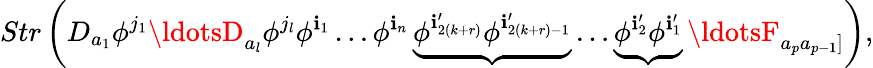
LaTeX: Str\left(D_{a_{1}}\phi^{j_{1}}\ldotsD_{a_{l}}\phi^{j_{l}}\phi^{\mathbf{i}_{1}}\ldots\phi^{\mathbf{i}_{n}}\underbrace{{\phi^{\mathbf{i}_{2(k+r)}^{\prime}}\phi^{\mathbf{i}_{2(k+r)-1}^{\prime}}}}\dots\underbrace{{\phi^{\mathbf{i}_{2}^{\prime}}\phi^{\mathbf{i}_{1}^{\prime}}}}\ldotsF_{a_{p}a_{p-1}]}\right),